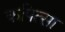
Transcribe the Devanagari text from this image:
कपित्सा